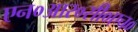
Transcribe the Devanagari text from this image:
एन०आर०सी०एच०